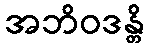
အဘိဝဒန္တိ